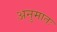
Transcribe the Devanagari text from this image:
अनुमातः